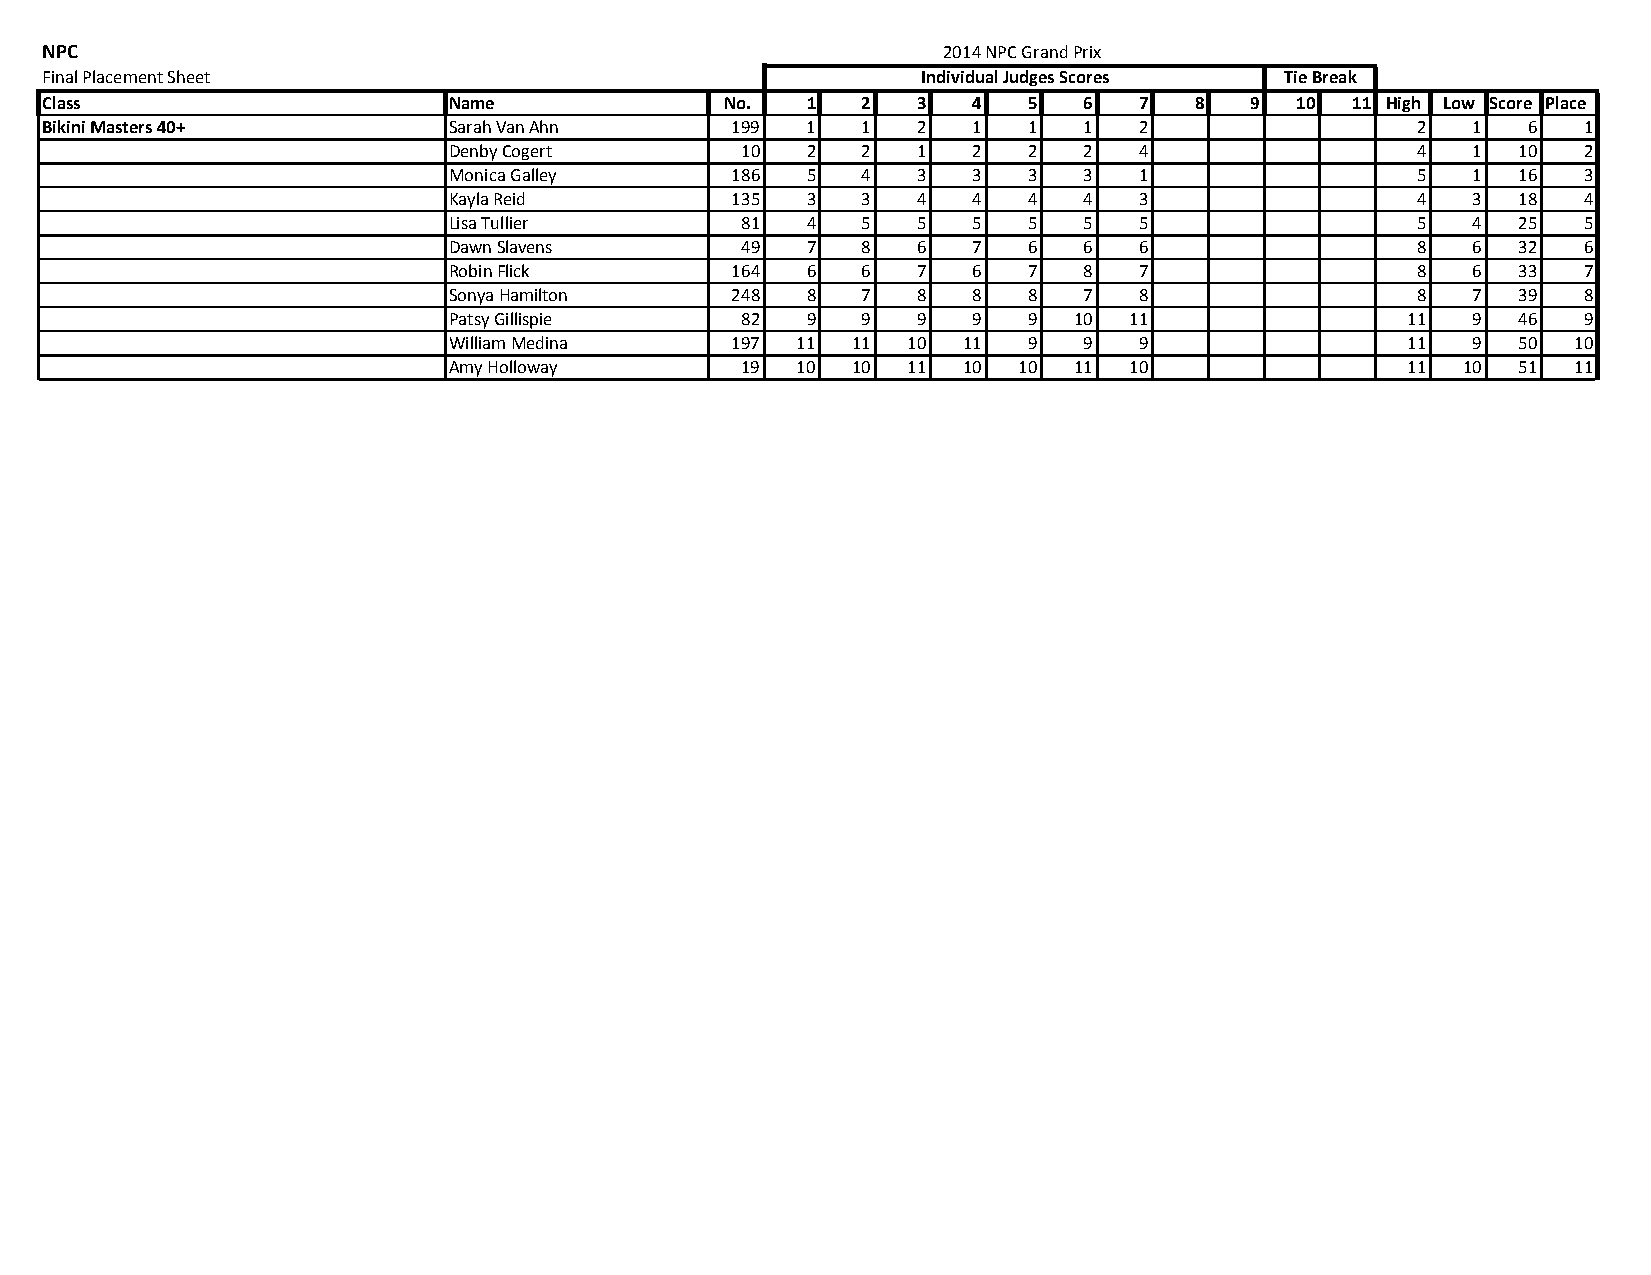
NPC                                                        2014 NPC Grand Prix
 Final Placement Sheet                                     Individual Judges Scores Tie Break
 Class                      Name              No.  1   2   3  4   5   6  7   8   9  10 11 High Low Score Place
 Bikini Masters 40+         Sarah Van Ahn     199  1   1   2  1   1   1  2                  2  1   6   1
 Denby Cogert       10  2   2   1  2   2   2  4                  4  1   10  2
 Monica Galley     186  5   4   3  3   3   3  1                  5  1   16  3
 Kayla Reid        135  3   3   4  4   4   4  3                  4  3   18  4
 Lisa Tullier       81  4   5   5  5   5   5  5                  5  4   25  5
 Dawn Slavens       49  7   8   6  7   6   6  6                  8  6   32  6
 Robin Flick       164  6   6   7  6   7   8  7                  8  6   33  7
 Sonya Hamilton    248  8   7   8  8   8   7  8                  8  7   39  8
 Patsy Gillispie    82  9   9   9  9   9  10  11                11  9   46  9
 William Medina    197  11 11  10  11  9   9  9                 11  9   50 10
 Amy Holloway       19  10 10  11  10 10  11  10                11  10  51 11